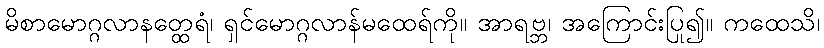
မိစာမောဂ္ဂလာနတ္ထေရံ၊ ရှင်မောဂ္ဂလာန်မထေရ်ကို။ အာရဗ္ဘ၊ အကြောင်းပြု၍။ ကထေသိ၊